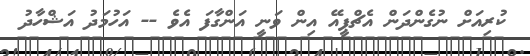
ކުރިއަށް ނުގެންދަން އެޗްޕީއޭ އިން ވަނީ އަންގާފަ އެވެ -- އަހުމަދު އަޝްހާދު